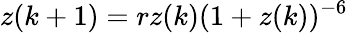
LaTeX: z(k+1)=rz(k)(1+z(k))^{-6}